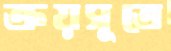
ক্রয়সূত্রে